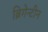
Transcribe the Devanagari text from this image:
ब्रिगेन्टीन